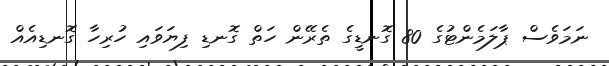
ނަމަަވެސް ޕާލަމެންޓުގެ 80 ގޮނޑީގެ ތެރޭން ހަތް ގޮނޑި ފިޔަވައި ހުރިހާ ގޮނޑިއެއް